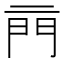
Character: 𨳏